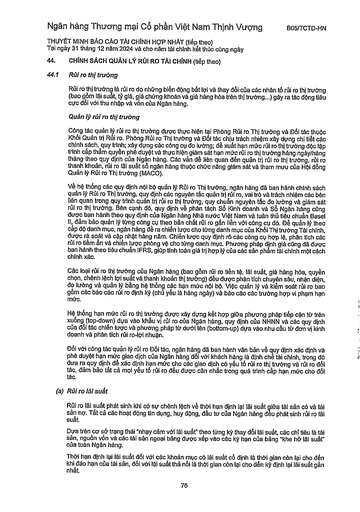
||| |---|---| ||Rủi ro thị trường| ||Rủi ro thị trường là rủi ro do những biến động bất lợi và thay đổi của các nhân tố rủi ro thị trường (bao gồm lãi suất, tỷ giá, giá chứng khoán và giá hàng hóa trên thị trường...) gây ra tác động tiêu cực đối với thu nhập và vốn của Ngân hàng.| ||Quản lý rủi ro thị trường| ||Công tác quản lý rủi ro thị trường được thực hiện tại Phòng Rủi ro Thị trường và Đối tác thuộc Khối Quản trị Rủi ro. Phòng Rủi ro Thị trường và Đối tác chịu trách nhiệm xây dựng chi tiết các chính sách, quy trình; xây dựng các công cụ đo lường; đề xuất hạn mức rủi ro thị trường độc lập trình cấp thẩm quyền phê duyệt và thực hiện giám sát hạn mức rủi ro thị trường hàng ngày/hàng tháng theo quy định của Ngân hàng. Các vấn đề liên quan đến quản trị rủi ro thị trường, rủi ro thanh khoản, rủi ro tài sản số ngân hàng thuộc chức năng giám sát và tham mưu của Hội đồng Quản lý Rủi ro Thị trường (MACO).| ||Về hệ thống các quy định nội bộ quản lý Rủi ro Thị trường, ngân hàng đã ban hành chính sách quản lý Rủi ro Thị trường, quy định các nguyên tắc quản trị rủi ro, vai trò và trách nhiệm các bên liên quan trong quy trình quản trị rủi ro thị trường, quy chuẩn nguyên tắc đo lường và giám sát rủi ro thị trường. Bên cạnh đó, quy định về phân tách Sổ Kinh doanh và Sổ Ngân hàng cũng được ban hành theo quy định của Ngân hàng Nhà nước Việt Nam và tuân thủ tiêu chuẩn Basel II, đảm bảo quản lý từng công cụ theo bản chất rủi ro gắn liền với công cụ đó. Để quản lý theo cấp độ danh mục, ngân hàng đưa ra chiến lược cho từng danh mục của Khối Thị trường Tài chính, được rà soát và cập nhật hàng năm. Chiến lược quy định rõ các công cụ hợp lệ, phân tích các rủi ro tiềm ẩn và chiến lược phòng vệ cho từng danh mục. Phương pháp định giá cũng đã được ban hành theo tiêu chuẩn IFRS, giúp tính toán giá trị hợp lý của các sản phẩm tài chính một cách chính xác.| ||Các loại rủi ro thị trường của Ngân hàng (bao gồm rủi ro tiền tệ, lãi suất, giá hàng hóa, quyền chọn, chênh lệch lãi suất và thanh khoản thị trường) đều được phân tích chuyên sâu, nhận diện, đo lường và quản lý bằng hệ thống các hạn mức nội bộ. Việc quản lý và kiểm soát rủi ro bao gồm các báo cáo rủi ro định kỳ (chủ yếu là hàng ngày) và báo cáo các trường hợp vi phạm hạn mức.| ||Hệ thống hạn mức rủi ro thị trường được xây dựng kết hợp giữa phương pháp tiếp cận từ trên xuống (top-down) dựa vào khẩu vị rủi ro của Ngân hàng, quy định của NHNN và các quy định của đối tác chiến lược và phương pháp tiếp dưới lên (bottom-up) dựa vào nhu cầu từng đơn vị kinh doanh và phân tích rủi ro-lợi nhuận.| ||Đối với công tác quản lý rủi ro Đối tác, ngân hàng đã ban hành văn bản về quy định xác định và phê duyệt hạn mức giao dịch của Ngân hàng đối với khách hàng là định chế tài chính, trong đó đưa ra quy định để xác định hạn mức cho các giao dịch có yếu tố rủi ro thị trường và rủi ro đối tác, đảm bảo tất cả mọi yếu tố rủi ro đều được cân nhắc trong quá trình cấp hạn mức cho đối tác.| |(a)|Rủi ro lãi suất| ||Rủi ro lãi suất phát sinh khi có sự chênh lệch về thời hạn định lại lãi suất giữa tài sản có và tài sản nợ. Tất cả các hoạt động tín dụng, huy động, đầu tư của Ngân hàng đều phát sinh rủi ro lãi suất.| ||Dựa trên cơ sở trạng thái "nhạy cảm với lãi suất" theo từng kỳ thay đổi lãi suất, các chỉ tiêu là tài sản, nguồn vốn và các tài sản ngoài bảng được xếp vào các kỳ hạn của bảng "khe hở lãi suất" của toàn Ngân hàng.| ||Thời hạn định lại lãi suất đối với các khoản mục có lãi suất cố định là thời gian còn lại cho đến khi đáo hạn của tài sản, đối với lãi suất thả nổi là thời gian còn lại cho đến kỳ định lại lãi suất gần nhất.|